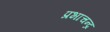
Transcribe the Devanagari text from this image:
प्रभाचन्द्र